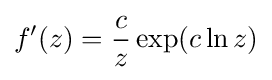
f'(z)={\frac {c}{z}}\exp(c\ln z)